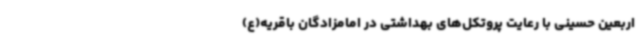
اربعین حسینی با رعایت پروتکل‌های بهداشتی در امامزادگان باقریه(ع)